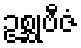
ဥစ္ဆုဗီဇံ